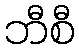
ဘီစီ